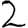
Digit: 2